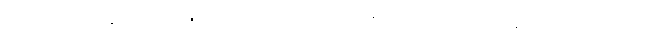
ခေးမကို။ နေဝကိဏန္တိ၊ မိမိသိမ်းယူသောအားဖြင့်မဝယ် ကုန်။ နေဝိက္ကိဏန္တိ၊